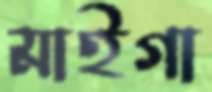
মাইগা